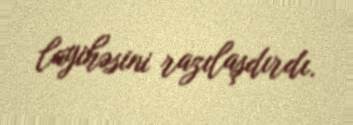
layihəsini razılaşdırdı.